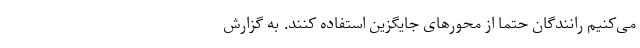
می‌کنیم رانندگان حتما از محور‌های جایگزین استفاده کنند. به گزارش